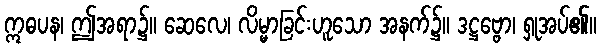
ဣဓပန၊ ဤအရာ၌။ ဆေလေ၊ လိမ္မာခြင်းဟူသော အနက်၌။ ဒဋ္ဌဗ္ဗော၊ ရှုအပ်၏။